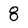
Character: 8